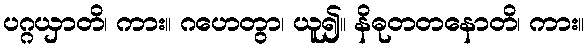
ပဂ္ဂယှာတိ၊ ကား။ ဂဟေတွာ၊ ယူ၍။ နိဓုတတနောတိ၊ ကား။